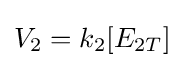
V_{2}=k_{2}[E_{2T}]